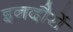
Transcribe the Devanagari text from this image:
इनदौरों